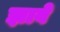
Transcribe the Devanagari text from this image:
झावे